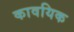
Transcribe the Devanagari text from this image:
कावयिक